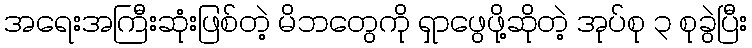
အရေးအကြီးဆုံးဖြစ်တဲ့ မိဘတွေကို ရှာဖွေဖို့ဆိုတဲ့ အုပ်စု ၃ စုခွဲပြီး